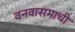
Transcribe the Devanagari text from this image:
वनवासमाची